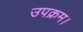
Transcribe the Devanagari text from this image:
उपक्रम।